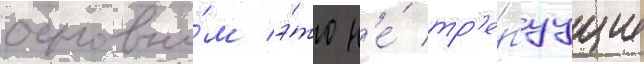
основно́м э́то н'е́ тр'е́буущие